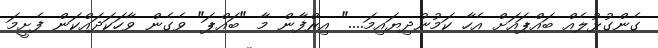
ގެންގުޅުލެއް ބައްޕައަށް އެހާ ކަމުނުދިޔައިމަ...." އިރްފާން މާ "ބައްޕަ" ވެގެން ވާހަކަދައްކަން ފެށީމަ